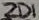
Text: ZD1